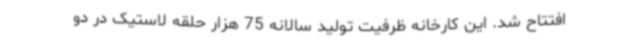
افتتاح شد. این کارخانه ظرفیت تولید سالانه 75 هزار حلقه لاستیک در دو